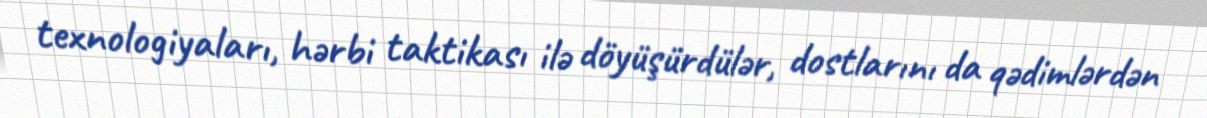
texnologiyaları, hərbi taktikası ilə döyüşürdülər, dostlarını da qədimlərdən